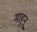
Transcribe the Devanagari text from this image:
माहुनू